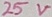
Text: 25V